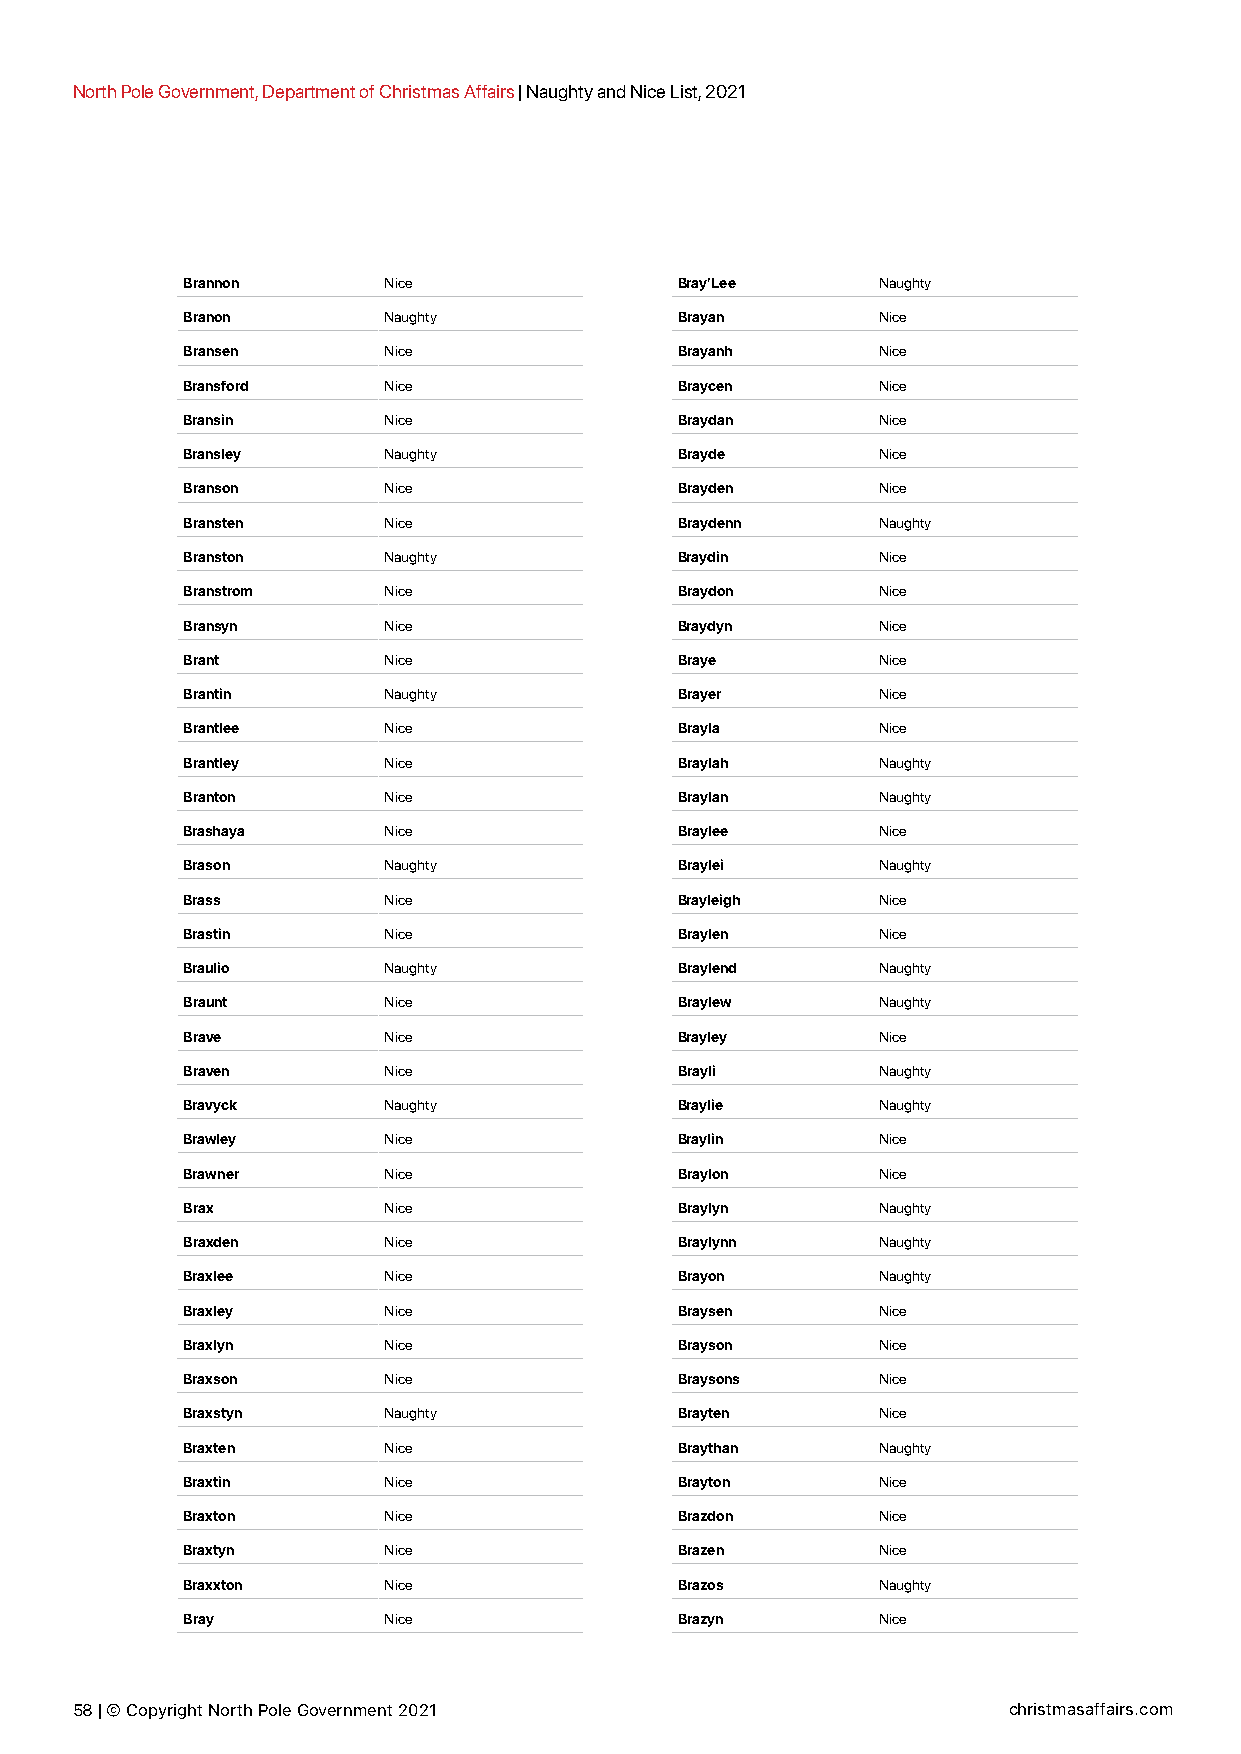
North Pole Government, Department of Christmas Affairs | Naughty and Nice List, 2021
 Brannon      Nice                Bray’Lee     Naughty
 Branon       Naughty             Brayan       Nice
 Bransen      Nice                Brayanh      Nice
 Bransford    Nice                Braycen      Nice
 Bransin      Nice                Braydan      Nice
 Bransley     Naughty             Brayde       Nice
 Branson      Nice                Brayden      Nice
 Bransten     Nice                Braydenn     Naughty
 Branston     Naughty             Braydin      Nice
 Branstrom    Nice                Braydon      Nice
 Bransyn      Nice                Braydyn      Nice
 Brant        Nice                Braye        Nice
 Brantin      Naughty             Brayer       Nice
 Brantlee     Nice                Brayla       Nice
 Brantley     Nice                Braylah      Naughty
 Branton      Nice                Braylan      Naughty
 Brashaya     Nice                Braylee      Nice
 Brason       Naughty             Braylei      Naughty
 Brass        Nice                Brayleigh    Nice
 Brastin      Nice                Braylen      Nice
 Braulio      Naughty             Braylend     Naughty
 Braunt       Nice                Braylew      Naughty
 Brave        Nice                Brayley      Nice
 Braven       Nice                Brayli       Naughty
 Bravyck      Naughty             Braylie      Naughty
 Brawley      Nice                Braylin      Nice
 Brawner      Nice                Braylon      Nice
 Brax         Nice                Braylyn      Naughty
 Braxden      Nice                Braylynn     Naughty
 Braxlee      Nice                Brayon       Naughty
 Braxley      Nice                Braysen      Nice
 Braxlyn      Nice                Brayson      Nice
 Braxson      Nice                Braysons     Nice
 Braxstyn     Naughty             Brayten      Nice
 Braxten      Nice                Braythan     Naughty
 Braxtin      Nice                Brayton      Nice
 Braxton      Nice                Brazdon      Nice
 Braxtyn      Nice                Brazen       Nice
 Braxxton     Nice                Brazos       Naughty
 Bray         Nice                Brazyn       Nice
 58 | © Copyright North Pole Government 2021                   christmasaffairs.com